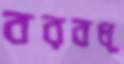
বরবধূ